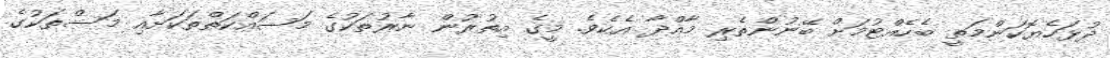
ދުޅަހެޔޮކަންމަތީ ބެހެއްޓުމަށް ބޭނުންތެރި މާއްދާ އެކެވެ. މީގެ އިތުރުން ނާރުތަކުގެ މަސައްކަތްތަކަށާއި މަސްތަކުގެ